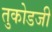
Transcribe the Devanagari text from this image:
तुकोडजी